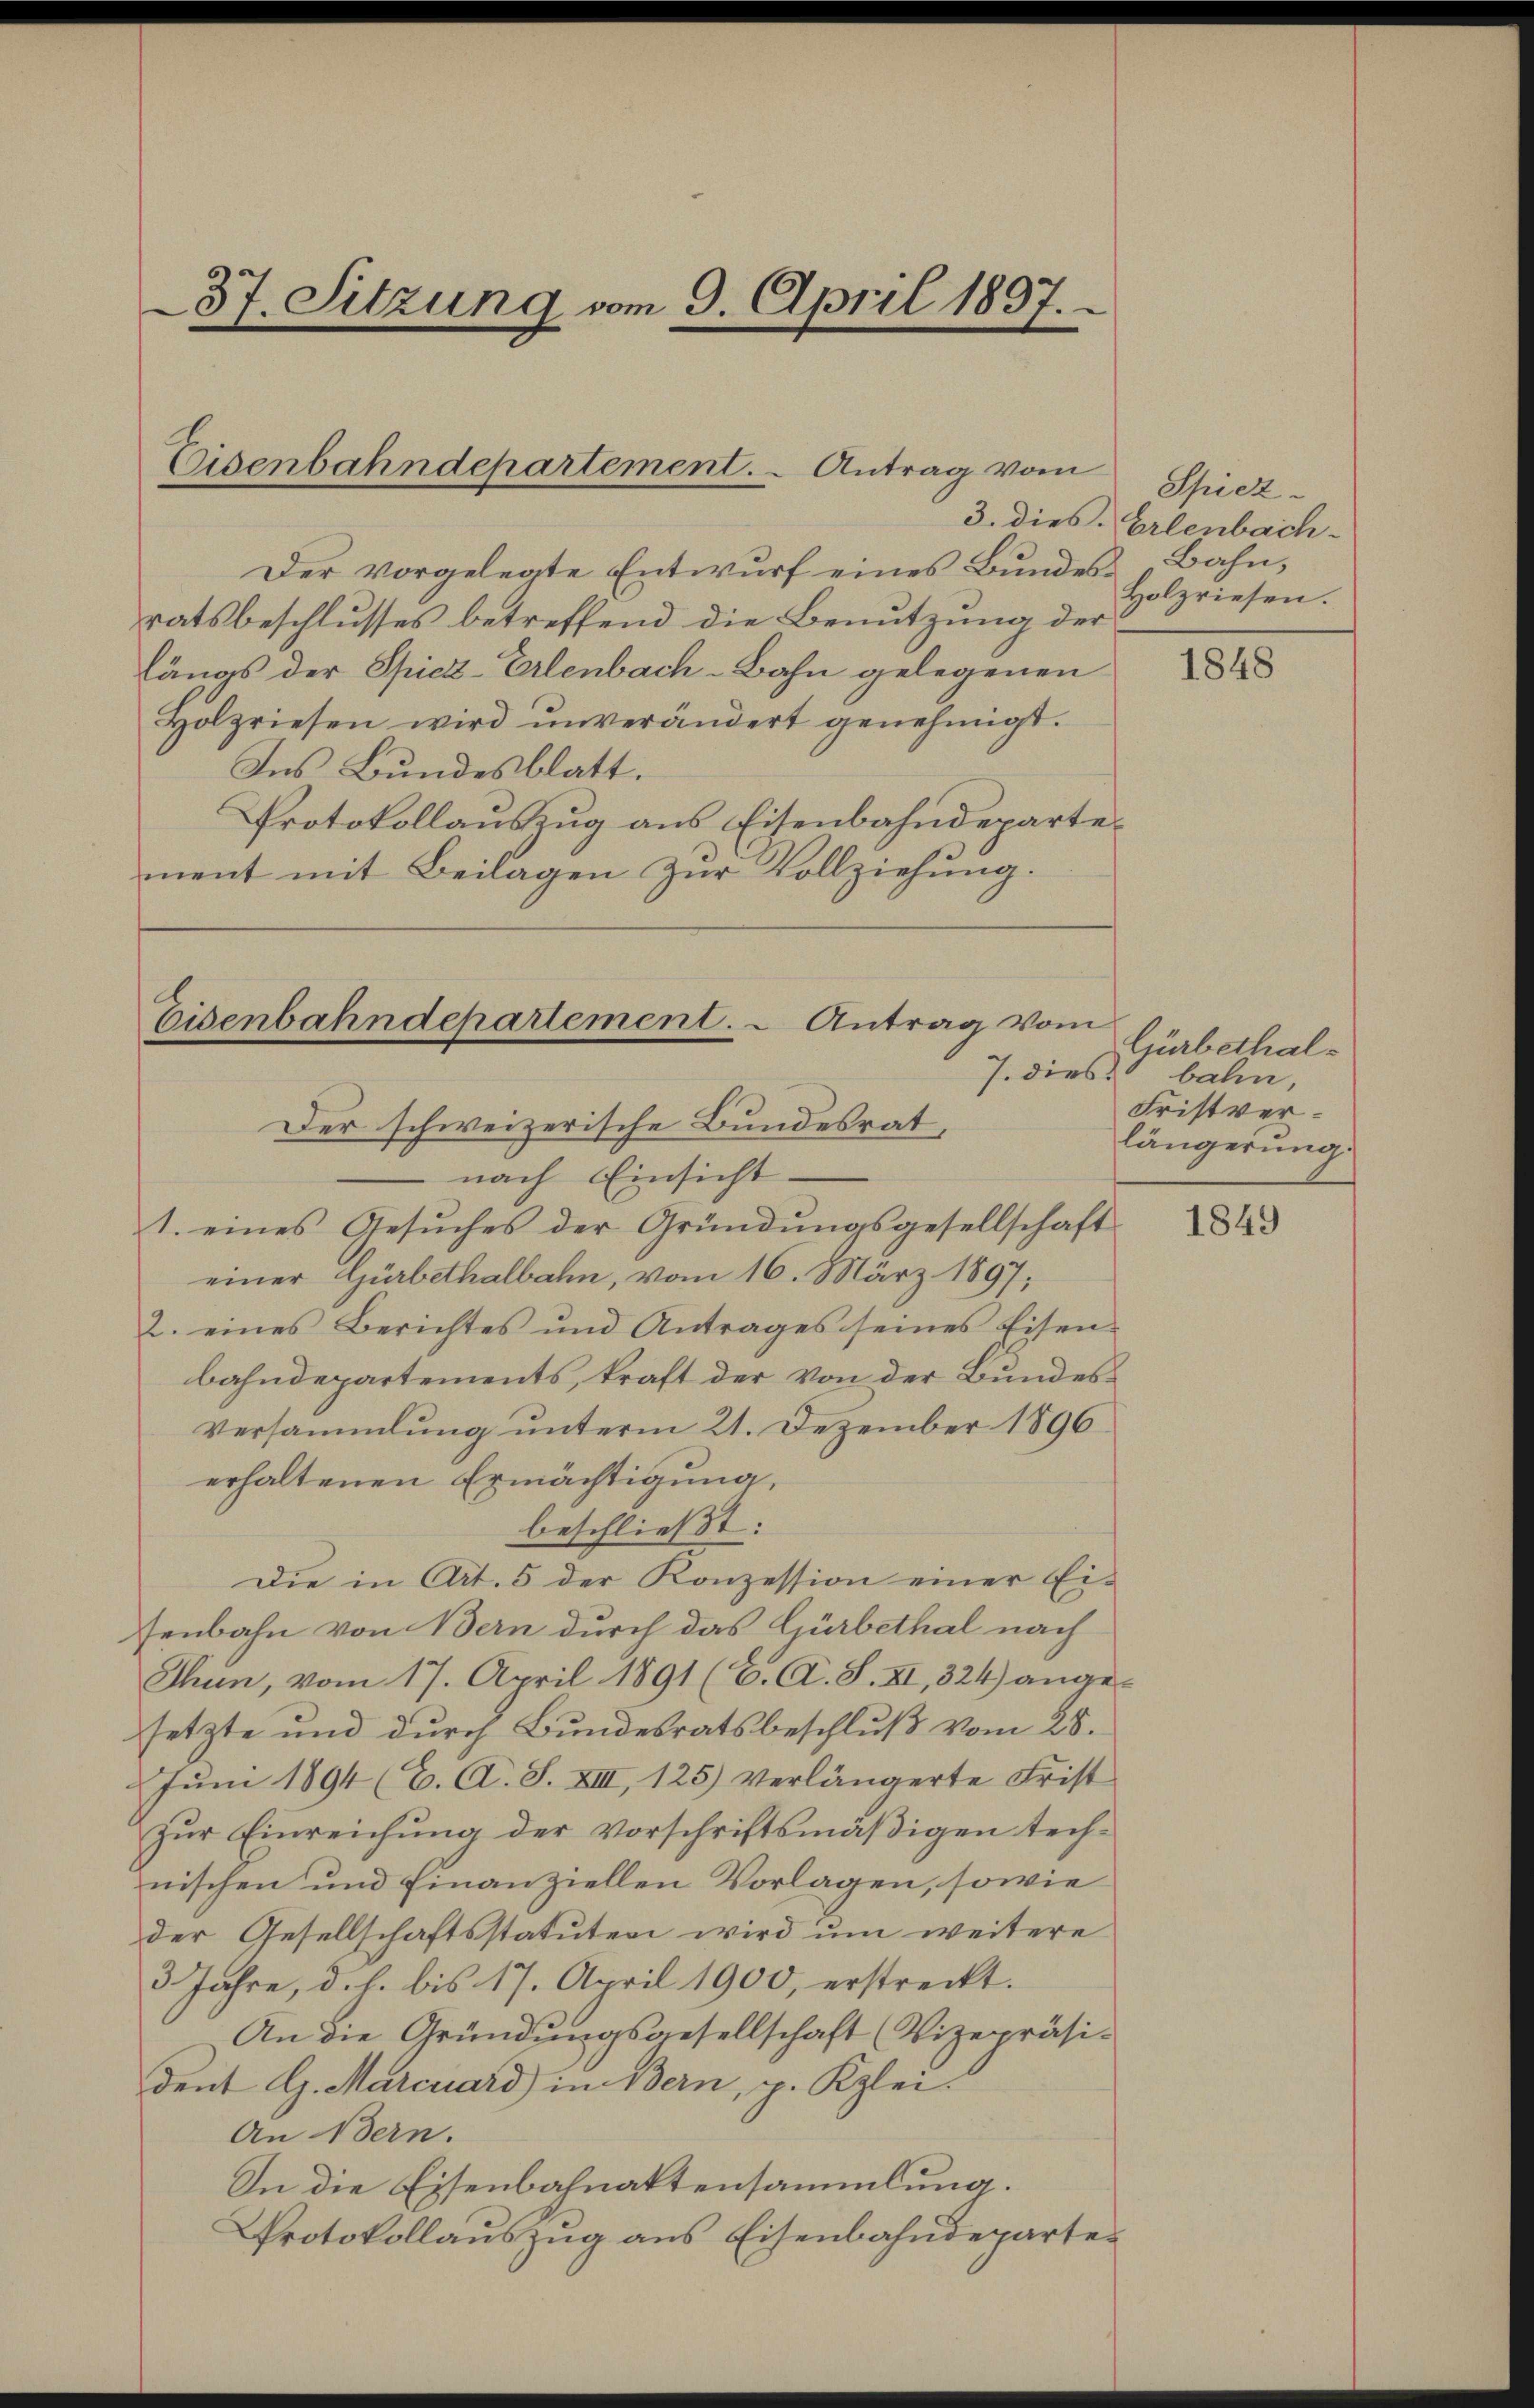
37. Sitzung vom 9. April 1897.

Eisenbahndepartement. Antrag vom

Der vorgelegte Entwurf eines Bundes Bahn,
ratsbeschlusses betreffend die Benutzung der
längs der Spiez-Erlenbach-Bahn gelegenen
Holzriesen wird unverändert genehmigt.
Ins Bundesblatt.
Protokollauszug aus Eisenbahndepartement mit Beilagen zur Vollziehung.

Eisenbahndepartement. - Antrag vom
J. dies

Der schweizerische Bundesrat,
nach Einsicht.
1. eines Gesŭches der Gründŭngsgesellschaft
einer Gürbethalbahn, vom 16. März 1897;
2. eines Berichtes und Antrages seines Eisen-
bahndepartements, kraft der von der Bundes¬
Versammlung unterm 21. Dezember 1896
erhaltenen Ermächtigung,
beschließt:
Die in Art. 5 der Konzession einer Ei-
senbahn von Bern durch das Gürbethal nach
Thun, vom 17. April 1891 (C. A. S. XI, 324) angesetzte und durch Bundesratsbeschluß vom 28.
Juni 1894 (C. A. S. XIII, 125) verlängerte Frist
zŭr Einreichung der vorschriftsmäβigen tech-
nischen und Finanziellen Vorlagen, sowie
der Gesellschaftsstatuten wird um weitere
3 Jahre, d. h. bis 17. April 1900, erstreckt.
An die Gründungsgesellschaft (Vizepräsi-
dent G. Marcuard) in Bern, p. Klei
An Bern.
In die Eisenbahnattensammlung.
Protokollauszug aus Eisenbahndeparte¬

Spiez.
3. dies Erlenbach-
Holzriesen.

1848

Gürbethalbahn,
Fristverlängerung

1849